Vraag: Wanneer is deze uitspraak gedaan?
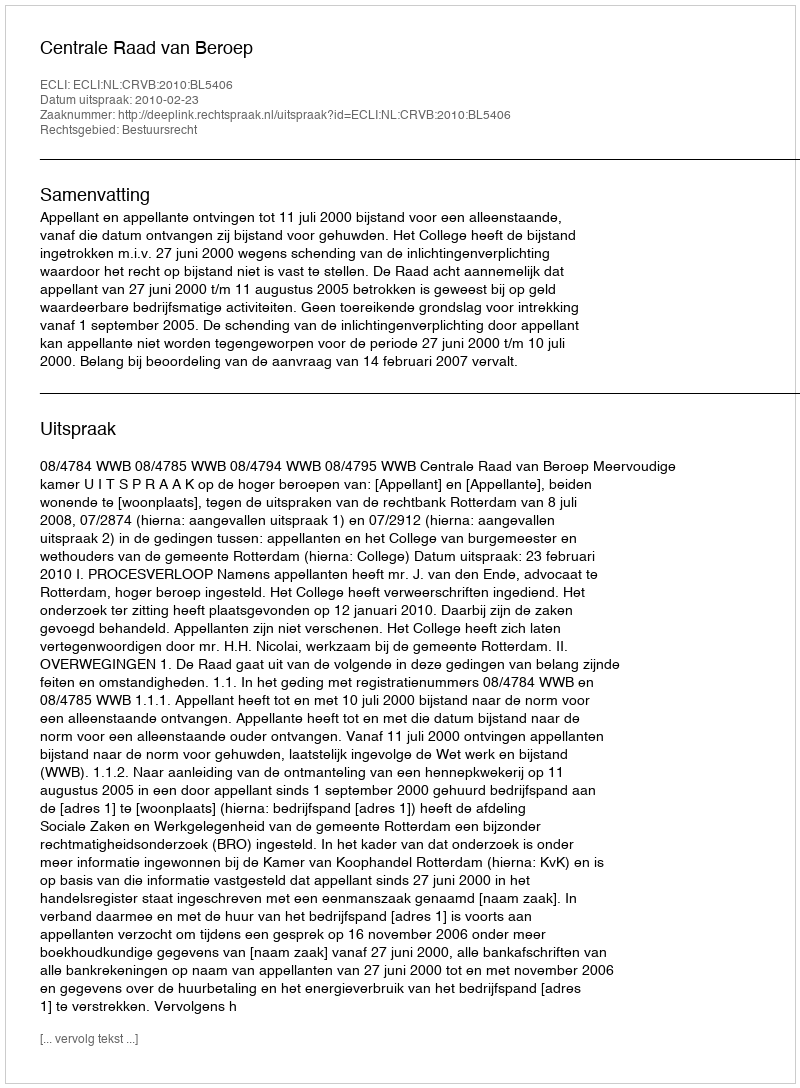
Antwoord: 2010-02-23